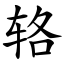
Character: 辂